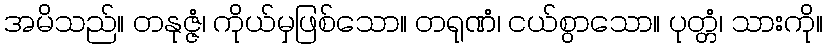
အမိသည်။ တနုဇ္ဇံ၊ ကိုယ်မှဖြစ်သော။ တရုဏံ၊ ငယ်စွာသော။ ပုတ္တံ၊ သားကို။